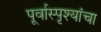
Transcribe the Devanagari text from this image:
पूर्वास्पृश्यांचा